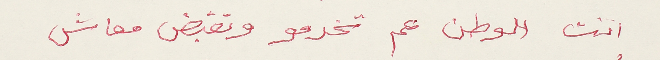
انت الوطن عم تخدمو وتقبض معاش